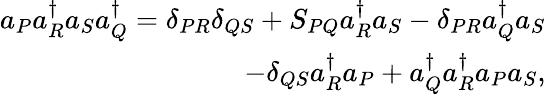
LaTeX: \begin{array}{r}{a_{P}a_{R}^{\dagger}a_{S}a_{Q}^{\dagger}=\delta_{PR}\delta_{QS}+S_{PQ}a_{R}^{\dagger}a_{S}-\delta_{PR}a_{Q}^{\dagger}a_{S}}\\ {-\delta_{QS}a_{R}^{\dagger}a_{P}+a_{Q}^{\dagger}a_{R}^{\dagger}a_{P}a_{S},}\end{array}